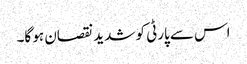
اس سے پارٹی کو شدید نقصان ہو گا۔